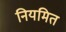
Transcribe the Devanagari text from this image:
नियमित